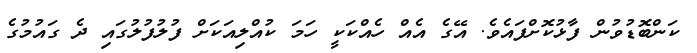
ކަންބޮޑުވުން ފާޅުކޮށްފައެވެ. އޭގެ އެއް ހެއްކަކީ ހަމަ ކުއްލިއަކަށް ފުލުފުލުގައި ދެ ގައުމުގެ